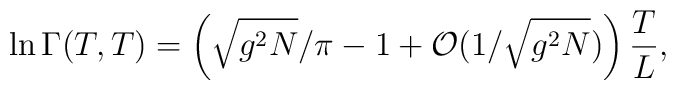
\ln\Gamma(T,T)=\left(\sqrt{g^2N}/\pi-1+{\cal O}(1/\sqrt{g^2N})\right)\frac{T}{L},